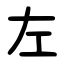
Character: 左